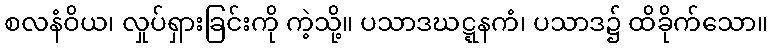
စလနံဝိယ၊ လှုပ်ရှားခြင်းကို ကဲ့သို့။ ပသာဒဃဋ္ဋနကံ၊ ပသာဒ၌ ထိခိုက်သော။